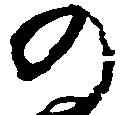
の